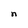
Character: n